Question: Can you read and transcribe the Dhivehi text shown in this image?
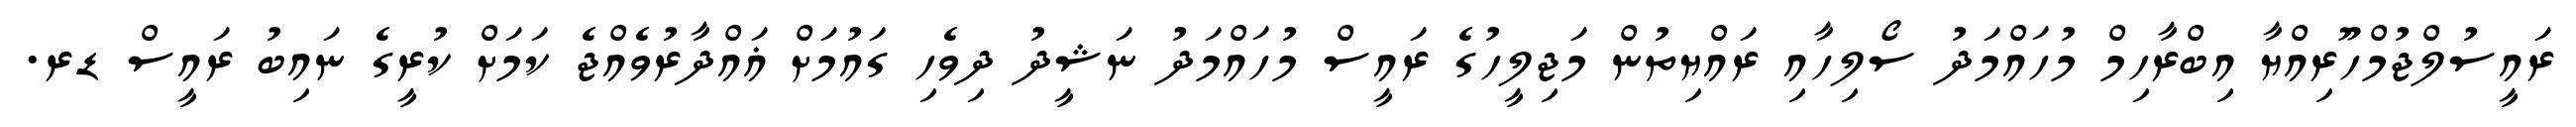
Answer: ރައީސުލްޖުމްހޫރިއްޔާ އިބްރާހިމް މުހައްމަދު ސޯލިހާއި ރައްޔިތުން މަޖިލީހުގެ ރައީސް މުހައްމަދު ނަޝީދު ދިވެހި ގައުމަށް ޣައްދާރުވެއްޖެ ކަމަށް ކުރީގެ ނައިބު ރައީސް ޑރ.